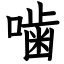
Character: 噛